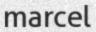
marcel